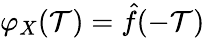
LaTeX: \varphi_{X}(\mathcal{T})={\hat{{f}}}(-\mathcal{T})